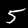
Digit: 5